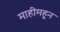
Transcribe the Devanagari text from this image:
माहीमहून